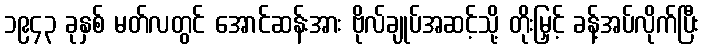
၁၉၄၃ ခုနှစ် မတ်လတွင် အောင်ဆန်းအား ဗိုလ်ချုပ်အဆင့်သို့ တိုးမြှင့် ခန့်အပ်လိုက်ပြီး